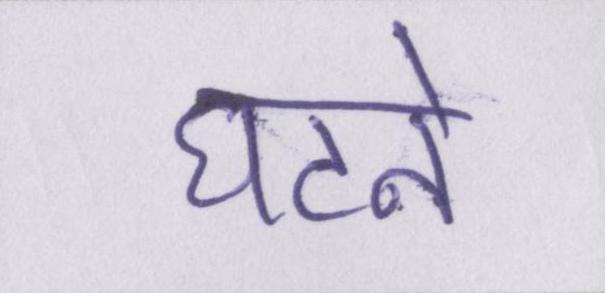
घटने